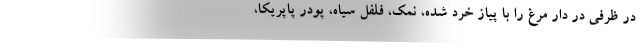
در ظرفی در دار مرغ را با پیاز خرد شده، نمک، فلفل سیاه، پودر پاپریکا،